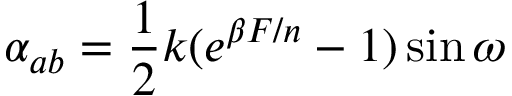
\alpha _ { a b } = \frac 1 2 k ( e ^ { \beta F / n } - 1 ) \sin \omega